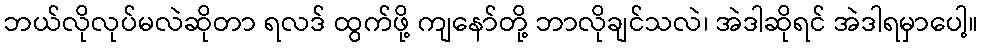
ဘယ်လိုလုပ်မလဲဆိုတာ ရလဒ် ထွက်ဖို့ ကျနော်တို့ ဘာလိုချင်သလဲ၊ အဲဒါဆိုရင် အဲဒါရမှာပေါ့။